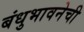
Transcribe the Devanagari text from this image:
बंधुभावनेची